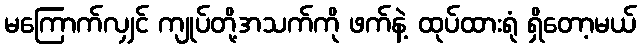
မကြောက်လျှင် ကျုပ်တို့အသက်ကို ဖက်နဲ့ ထုပ်ထားရုံ ရှိတော့မယ်